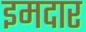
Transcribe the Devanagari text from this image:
इमदार